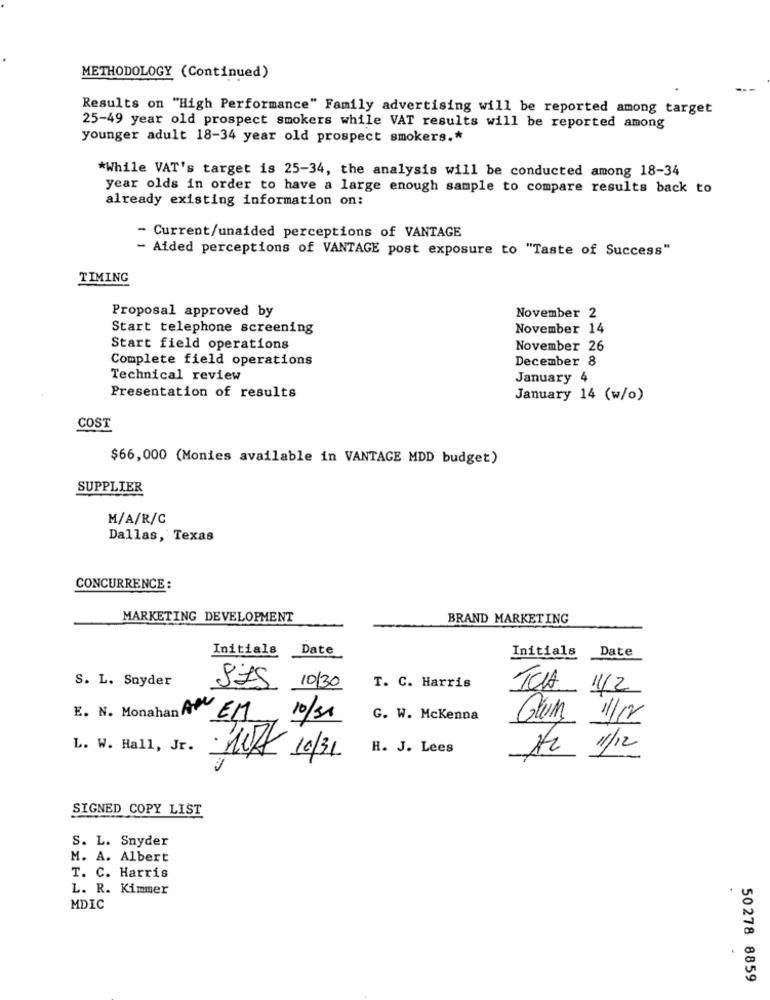
METHODOLOGY (Continued)
Results on "High Performance" Family advertising will be reported among target
25-49 year old prospect smokers while VAT results will be reported among
younger adult 18-34 year old prospect smokers .*
*While VAT's target is 25-34, the analysis will be conducted among 18-34
year olds in order to have a large enough sample to compare results back to
already existing information on:
- Current/unaided perceptions of VANTAGE
- Aided perceptions of VANTAGE post exposure to "Taste of Success"
TIMING
Proposal approved by
November 2
Start telephone screening
November 14
Start field operations
November 26
Complete field operations
December 8
Technical review
January 4
Presentation of results
January 14 (w/o)
COST
$66,000 (Monies available in VANTAGE MDD budget)
SUPPLIER
M/A/R/C
Dallas, Texas
CONCURRENCE :
MARKETING DEVELOPMENT
BRAND MARKETING
Initials
Date
Date
Initials
S. L. Snyder
10/30
T. C. Harris
N
E. N. Monahan ABC
EM
10/31
G. W. Mckenna
1/12
L. W. Hall, Jr.
H. J. Lees
H2 1/12
· 10/ 10/31
SIGNED COPY LIST
S. L. Snyder
M. A. Albert
T. C. Harris
L. R. Kimmer
MDIC
50278 8859